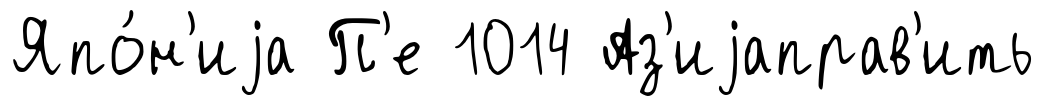
Япо́н'иjа П'е 1014 Аз'иjаправ'ить